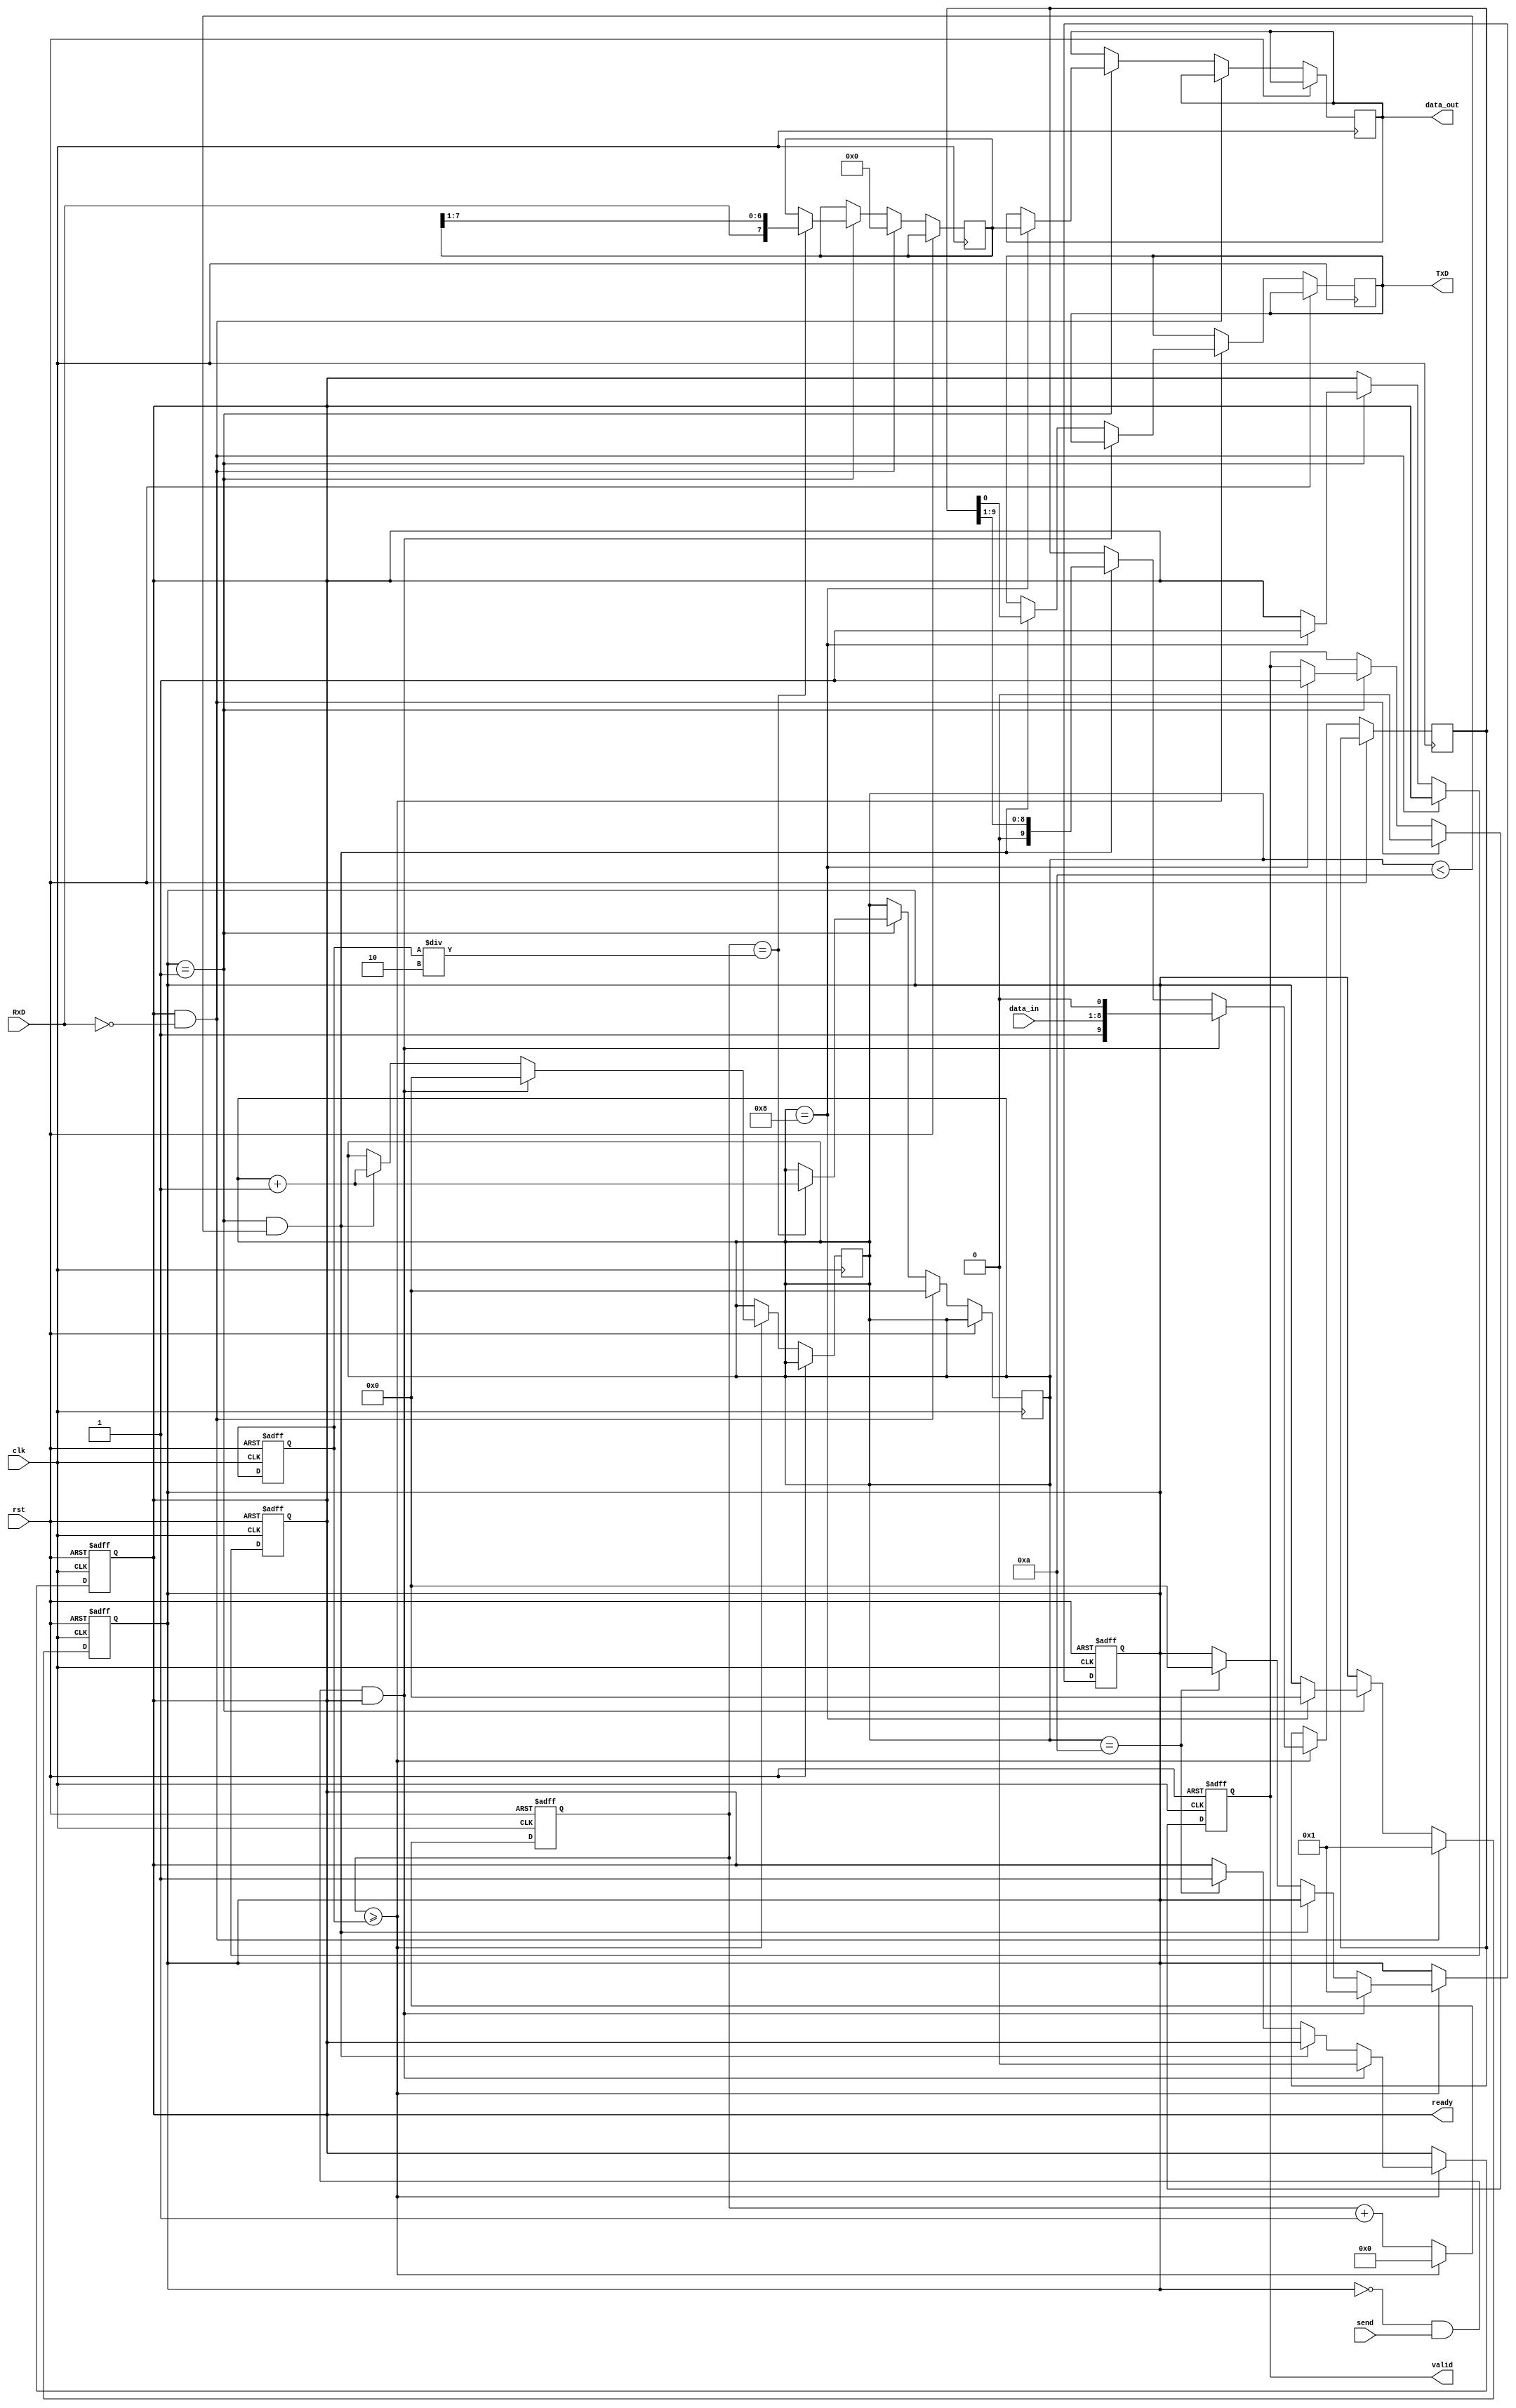
module parameterized_uart #(
    parameter BAUD_RATE = 9600,
    parameter DATA_BITS = 8,
    parameter STOP_BITS = 1,
    parameter PARITY = "NONE"  // Options: "NONE", "EVEN", "ODD"
)(
    input wire clk,            // System clock
    input wire rst,            // Asynchronous reset
    output wire TxD,          // Transmit data line
    input wire RxD,           // Receive data line
    input wire [DATA_BITS-1:0] data_in,  // Data to transmit
    input wire send,          // Signal to send data
    output reg [DATA_BITS-1:0] data_out, // Received data
    output reg valid,         // Signal indicating valid data received
    output reg ready          // Signal indicating UART is ready to send
);

// Internal signals
reg [3:0] state;             // state for Tx and Rx
reg [11:0] baud_count;       // Baud rate counter
reg [3:0] bit_count;         // Bit counter for Tx and Rx
reg [DATA_BITS+1:0] tx_shift; // Shift register for Tx (start, data, parity, stop)
reg [DATA_BITS-1:0] rx_shift; // Shift register for Rx (data)
reg rx_ready;                // Rx ready signal
integer baud_divider;

// Parameterized baud rate generator
always @(posedge clk or posedge rst) begin
    if (rst) begin
        baud_count <= 0;
        baud_divider <= (100_000_000 / BAUD_RATE); // Modify as per your system clock
        state <= 0;
        ready <= 1;
    end else begin
        baud_count <= baud_count + 1;
        if (baud_count >= baud_divider) begin
            baud_count <= 0;
            if (state == 0 && send && ready) begin
                // Start transmission
                ready <= 0;
                tx_shift <= {1'b1, data_in, 1'b0}; // Start bit + data
                bit_count <= 0;
                state <= 1; // Move to transmit state
            end else if (state == 1 && bit_count < DATA_BITS + 2) begin
                // Transmit data
                TxD <= tx_shift[0]; // Output the least significant bit
                tx_shift <= tx_shift >> 1; // Shift right
                bit_count <= bit_count + 1;
            end else if (bit_count == DATA_BITS + 2) begin
                // End of transmission
                ready <= 1;
                state <= 0;
            end
        end
    end
end

// Receiver state machine
always @(posedge clk or posedge rst) begin
    if (rst) begin
        state <= 0;
        ready <= 1;
        valid <= 0;
    end else begin
        if (ready && RxD == 0) begin // Start bit detected
            state <= 1; // Move to receive state
            bit_count <= 0;
            rx_shift <= 0;
            valid <= 0;
        end else if (state == 1) begin
            if (baud_count == baud_divider / 2) begin
                // Sample data bits at midpoint
                rx_shift <= {RxD, rx_shift[DATA_BITS-1:1]};
                bit_count <= bit_count + 1;
            end
            if (bit_count == DATA_BITS) begin
                // Store received data
                data_out <= rx_shift;
                valid <= 1; // Data is valid
                state <= 0; // Go back to idle state
                ready <= 1; // UART is ready to receive next data
            end
        end
    end
end

endmodule